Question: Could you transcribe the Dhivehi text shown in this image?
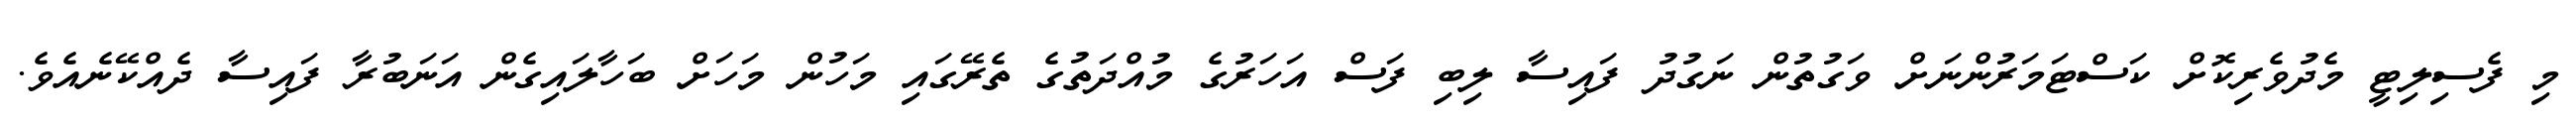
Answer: މި ފެސިލިޓީ މެދުވެރިކޮށް ކަސްޓަމަރުންނަށް ވަގުތުން ނަގުދު ފައިސާ ލިބި ފަސް އަހަރުގެ މުއްދަތުގެ ތެރޭގައި މަހުން މަހަށް ބަހާލައިގެން އަނަބުރާ ފައިސާ ދެއްކޭނެއެވެ.